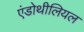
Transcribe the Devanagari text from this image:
एंडोथीलियल